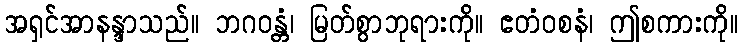
အရှင်အာနန္ဒာသည်။ ဘဂဝန္တံ၊ မြတ်စွာဘုရားကို။ ဧတံဝစနံ၊ ဤစကားကို။